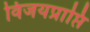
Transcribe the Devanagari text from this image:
विजयप्राप्ति